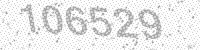
Solution: 106529